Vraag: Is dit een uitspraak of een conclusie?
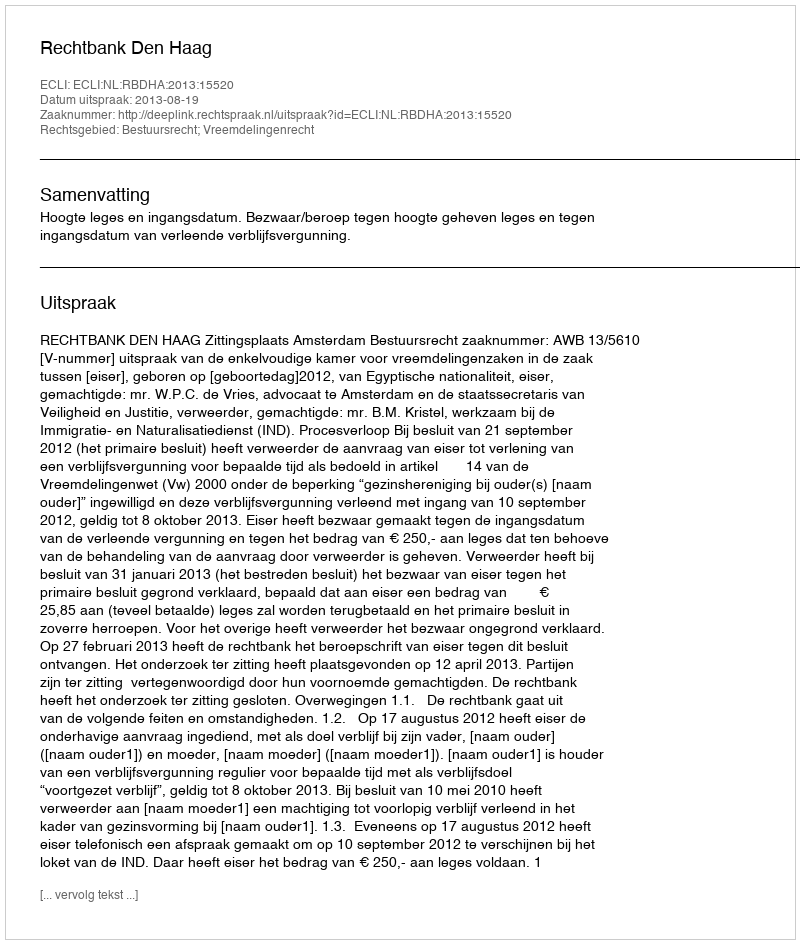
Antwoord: Uitspraak